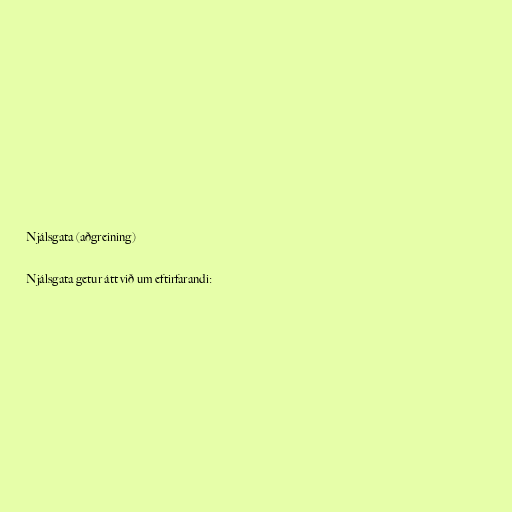
Njálsgata (aðgreining)

Njálsgata getur átt við um eftirfarandi: